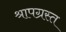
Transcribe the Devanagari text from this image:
श्रापग्रस्त